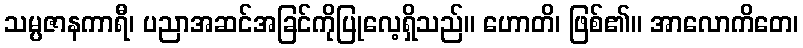
သမ္ပဇာနကာရီ၊ ပညာအဆင်အခြင်ကိုပြုလေ့ရှိသည်။ ဟောတိ၊ ဖြစ်၏။ အာလောကိတေ၊